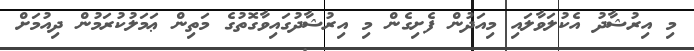
މި އިރުޝާދު އެކުލަވާލައި މިއަދުން ފެށިގެން މި އިރުޝާދުގައިވާގޮތުގެ މަތިން ޢަމަލުކުރަމުން ދިއުމަށް